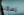
إسكت